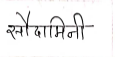
मजकूर: सौदामिनी